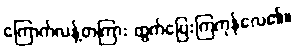
ကြောက်လန့်တကြား ထွက်ပြေးကြကုန်လေ၏။